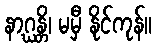
နာဂ္ဃန္တိ၊ မမှီ နိုင်ကုန်။